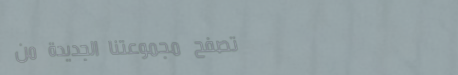
تصفح مجموعتنا الجديدة من